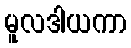
မူလဒါယကာ